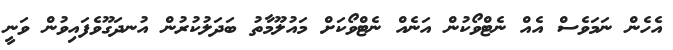
އެހެން ނަމަވެސް އެއް ނެޓްވޯކުން އަނެއް ނެޓްވޯކަށް މައުލޫމާތު ބަދަލުކުރުން އުނދަގޫވެފައިވުން ވަނީ